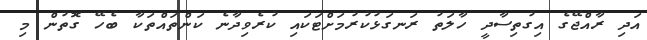
އަދި ރާއްޖޭގެ އިގުތިސާދީ ހާލަތު ރަނގަޅުކުރުމަށްޓަކައި ކުރެވިދާނެ ކަންތައްތަކާ ބެހޭ ގޮތުން މި